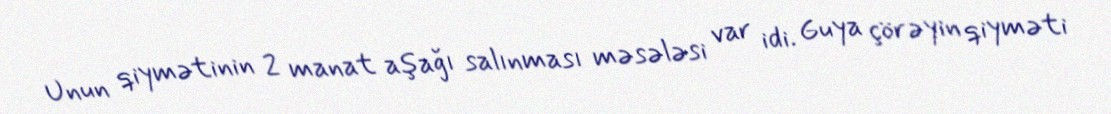
Unun qiymətinin 2 manat aşağı salınması məsələsi var idi. Guya çörəyin qiyməti